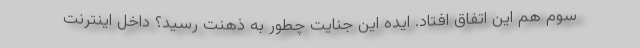
سوم هم این اتفاق افتاد. ایده این جنایت چطور به ذهنت رسید؟ داخل اینترنت